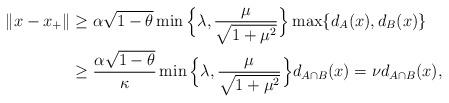
LaTeX: \begin{align*}\|x -x_+\| &\geq \alpha\sqrt{1 -\theta}\min\Big\{\lambda, \frac{\mu}{\sqrt{1 +\mu^2}}\Big\}\max\{d_A(x), d_B(x)\}\\&\geq \frac{\alpha\sqrt{1 -\theta}}{\kappa}\min\Big\{\lambda, \frac{\mu}{\sqrt{1 +\mu^2}}\Big\}d_{A\cap B}(x) =\nu d_{A\cap B}(x),\end{align*}